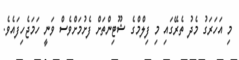
މި އަހަރަގު މެދު ތެރޭގައި މި ފިލްމްގެ ޝޫޓިންތަށް ފެށުމަށްވެސް ވަނީ ހަމަޖެހިފައެވެ.